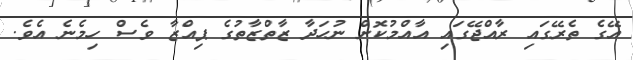
އޭގެ ތެރޭގައި ރާއްޖޭގައި އާއްމުކޮށް ނުހަދާ ޒާތްޒާތުގެ ޕިއްޒާ ވެސް ހިމެނެ އެވެ.